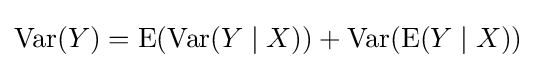
\operatorname {Var} (Y)=\operatorname {E} (\operatorname {Var} (Y\mid X))+\operatorname {Var} (\operatorname {E} (Y\mid X))